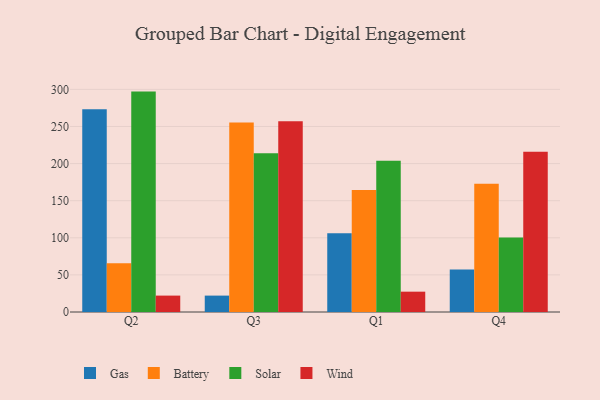
{"axis": {"x": "Quarter", "y": "Conversion Rate (%)"}, "legend": ["Battery", "Gas", "Solar", "Wind"], "data": [{"x": "Q2", "y": 273.1, "type": "Gas"}, {"x": "Q2", "y": 65.8, "type": "Battery"}, {"x": "Q2", "y": 297.0, "type": "Solar"}, {"x": "Q2", "y": 22.1, "type": "Wind"}, {"x": "Q3", "y": 22.1, "type": "Gas"}, {"x": "Q3", "y": 255.3, "type": "Battery"}, {"x": "Q3", "y": 213.9, "type": "Solar"}, {"x": "Q3", "y": 256.9, "type": "Wind"}, {"x": "Q1", "y": 106.0, "type": "Gas"}, {"x": "Q1", "y": 164.4, "type": "Battery"}, {"x": "Q1", "y": 203.8, "type": "Solar"}, {"x": "Q1", "y": 27.4, "type": "Wind"}, {"x": "Q4", "y": 57.3, "type": "Gas"}, {"x": "Q4", "y": 172.8, "type": "Battery"}, {"x": "Q4", "y": 100.4, "type": "Solar"}, {"x": "Q4", "y": 216.1, "type": "Wind"}]}